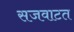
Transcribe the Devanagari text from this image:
सजवाटत